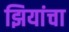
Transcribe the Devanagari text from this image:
झियांचा